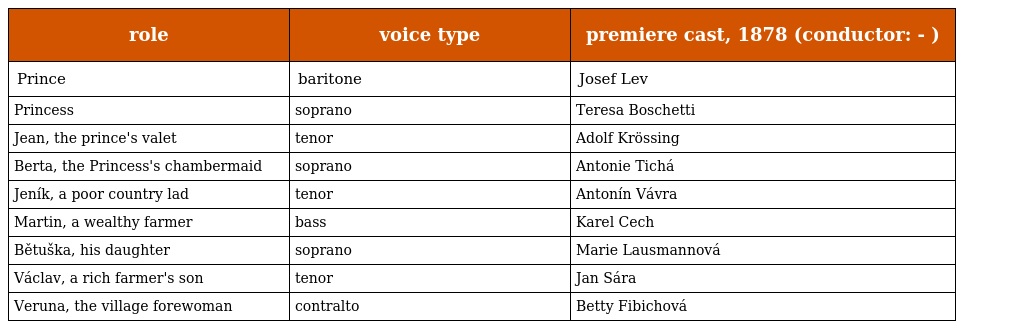
| role | voice type | premiere cast, 1878 (conductor: - ) |
 | --- | --- | --- |
 | Prince | baritone | Josef Lev |
 | Princess | soprano | Teresa Boschetti |
 | Jean, the prince's valet | tenor | Adolf Krössing |
 | Berta, the Princess's chambermaid | soprano | Antonie Tichá |
 | Jeník, a poor country lad | tenor | Antonín Vávra |
 | Martin, a wealthy farmer | bass | Karel Cech |
 | Bětuška, his daughter | soprano | Marie Lausmannová |
 | Václav, a rich farmer's son | tenor | Jan Sára |
 | Veruna, the village forewoman | contralto | Betty Fibichová |